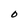
Character: O